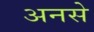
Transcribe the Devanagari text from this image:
अनसे